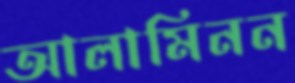
আলামিনন